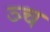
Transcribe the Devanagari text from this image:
ञ्च